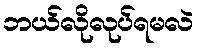
ဘယ်လိုလုပ်ရမလဲ